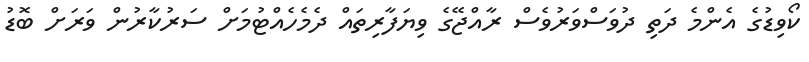
ކޯވިޑުގެ އެންމެ ދަތި ދުވަސްވަރުވެސް ރާއްޖޭގެ ވިޔަފާރިތައް ދެމެހެއްޓުމަށް ސަރުކާރުން ވަރަށް ބޮޑު